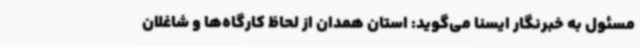
مسئول به خبرنگار ایسنا می‌گوید: استان همدان از لحاظ کارگاه‌ها و شاغلان